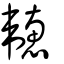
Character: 韢